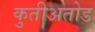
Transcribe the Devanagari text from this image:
कुतीअतोड